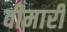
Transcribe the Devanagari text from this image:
वीमारी